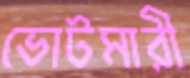
ভোটমারী